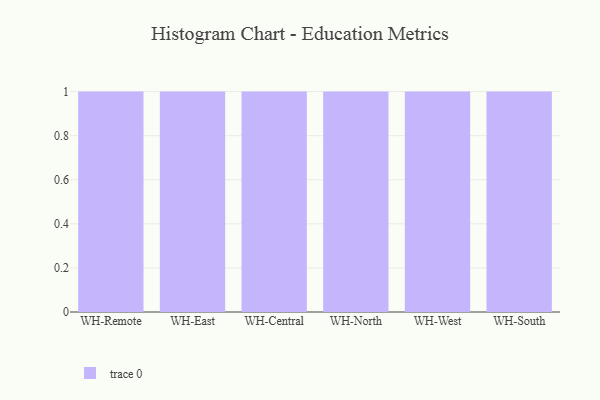
{"axis": {"x": "Warehouse", "y": "Churn Rate (%)"}, "legend": [""], "data": [{"x": "WH-Remote", "y": 82, "type": ""}, {"x": "WH-East", "y": 8, "type": ""}, {"x": "WH-Central", "y": 39, "type": ""}, {"x": "WH-North", "y": 90, "type": ""}, {"x": "WH-West", "y": 70, "type": ""}, {"x": "WH-South", "y": 78, "type": ""}]}